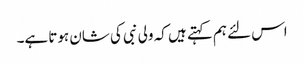
اس لئے ہم کہتے ہیں کہ ولی نبی کی شان ہوتا ہے۔